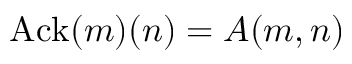
\mathrm { A c k } ( m ) ( n ) = A ( m , n )